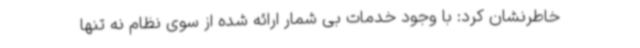
خاطرنشان کرد: با وجود خدمات بی شمار ارائه شده از سوی نظام نه تنها